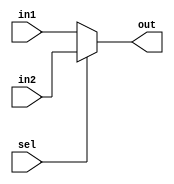
module mux21(
input in1,
input in2,
input sel,
output out);
reg y;
always@(*)
begin
if(sel)
	y<=in2;
else
	y<=in1;
end
assign out=y;
endmodule